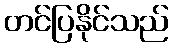
တင်ပြနိုင်သည်